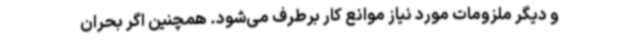
و دیگر ملزومات مورد نیاز موانع کار برطرف می‌شود. همچنین اگر بحران